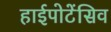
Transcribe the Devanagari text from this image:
हाईपोटेंसिव